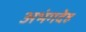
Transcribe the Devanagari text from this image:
अभंगदेह